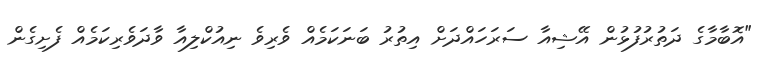
"އޮބާމާގެ ދަތުރުފުޅުން އޭޝިއާ ސަރަހައްދަށް އިތުރު ބަނަކަމެއް ވެރިވެ ނިއުކްލިއާ ވާދަވެރިކަމެއް ފެށިގެން